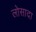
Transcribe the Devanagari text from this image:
लोसादा